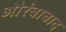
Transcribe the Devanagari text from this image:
औरंबाबाद